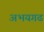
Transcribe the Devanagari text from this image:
अभयगढ